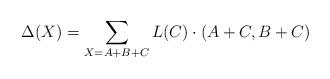
LaTeX: \begin{gather*}\Delta(X) = \sum_{X=A+B+C}{L(C)\cdot (A+C,B+C)}\end{gather*}